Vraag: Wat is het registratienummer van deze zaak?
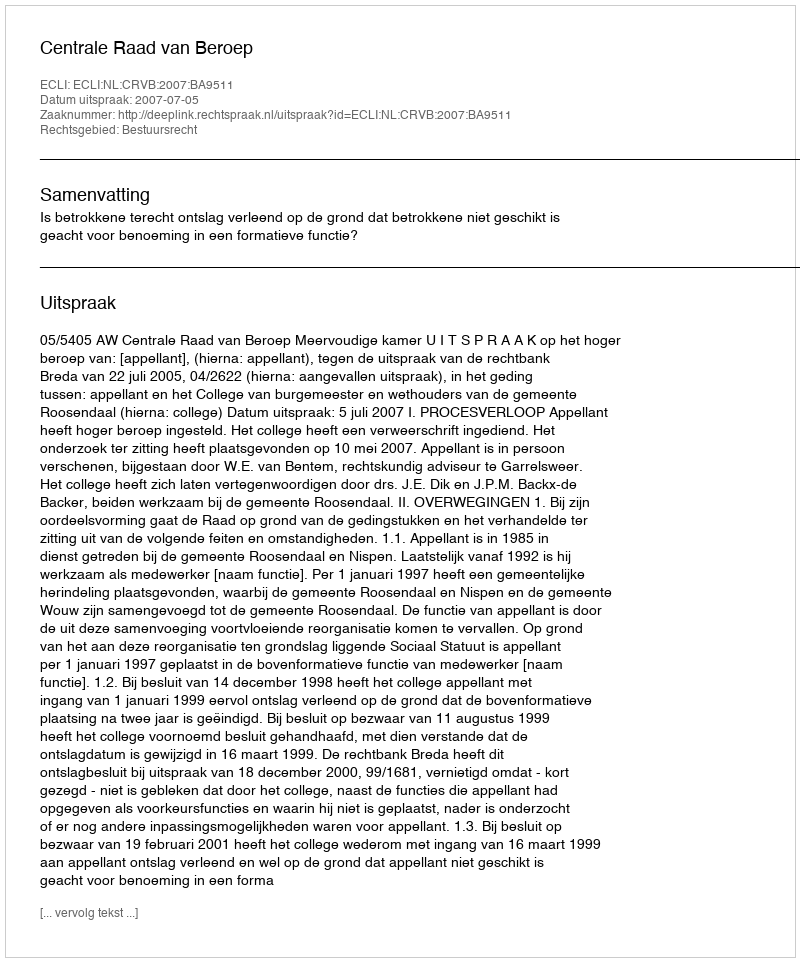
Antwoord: http://deeplink.rechtspraak.nl/uitspraak?id=ECLI:NL:CRVB:2007:BA9511